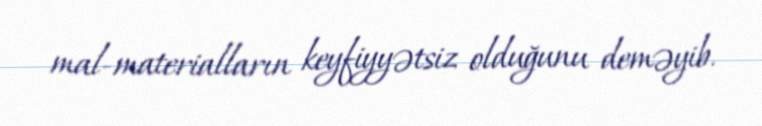
mal-materialların keyfiyyətsiz olduğunu deməyib.